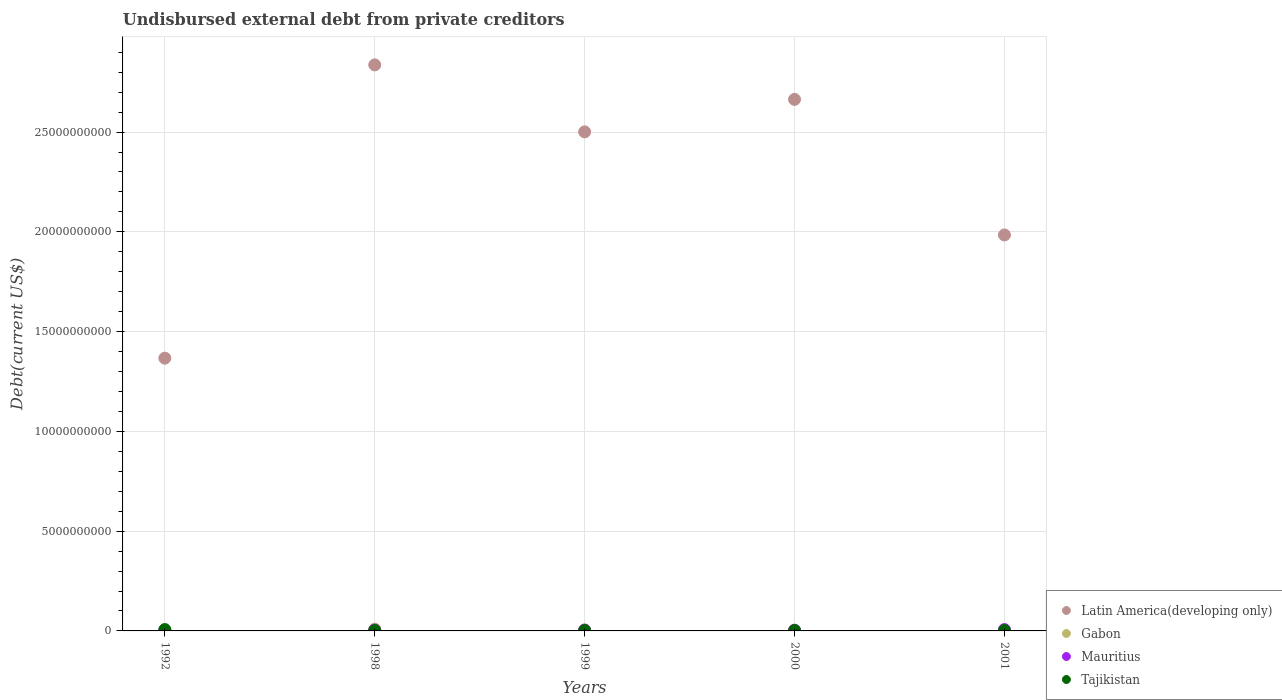
| Years | Latin America(developing only) | Gabon | Mauritius | Tajikistan |
 | --- | --- | --- | --- | --- |
 | 1992 | 1.37e+10 | 4.9e+06 | 1.92e+07 | 6.8e+07 |
 | 1998 | 2.84e+10 | 8.71e+07 | 4.61e+07 | 2e+07 |
 | 1999 | 2.5e+10 | 4.81e+07 | 4.21e+07 | 2e+07 |
 | 2000 | 2.66e+10 | 1.65e+07 | 3.61e+07 | 2e+07 |
 | 2001 | 1.98e+10 | 3.4e+06 | 6.81e+07 | 2e+07 |